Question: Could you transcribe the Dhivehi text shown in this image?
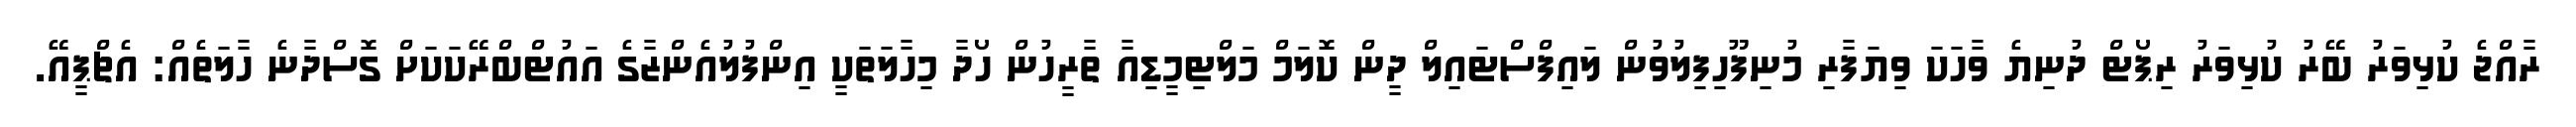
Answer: ރާއްޖެ ކުޅިވަރު ބޭރު ކުޅިވަރު ރިޕޯޓް ދުނިޔެ ވާހަކަ ވިޔަފާރި މުނިފޫހިފިލުވުން ލައިފްސްޓައިލް ދީން ކޮލަމް މަލްޓިމީޑިއާ ތާރީހުން ހޯދާ މިހާލަތަކީ އިންފުލުއެންޒާގެ އައުޓްބްރޭކަކަށް ގޮސްދާނެ ހާލަތެއް: އެޗްޕީއޭ.